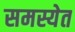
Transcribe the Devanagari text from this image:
समस्येत